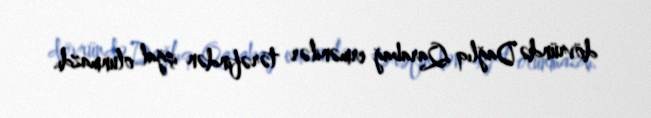
dövründə Dağlıq Qarabağ ermənilər tərəfindən işğal olunmazdı.